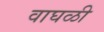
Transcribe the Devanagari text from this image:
वाघळी